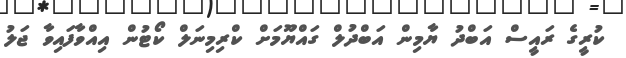
ކުރީގެ ރައީސް އަބްދު ޔާމިން އަބްދުލް ގައްޔޫމަށް ކްރިމިނަލް ކޯޓުން އިއްވާފައިވާ ޖަލު